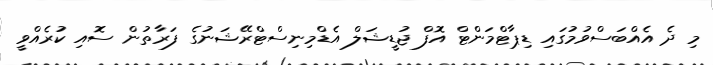
މި ދެ އެއްބަސްވުމުގައި ޑިޕާޓްމަންޓް އޮފް ޖުޑީޝަލް އެޑްމިނިސްޓްރޭޝަނުގެ ފަރާތުން ސޮއި ކުރެއްވީ